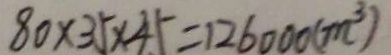
8 0 \times 3 5 \times 4 5 = 1 2 6 0 0 0 ( m ^ { 3 } )